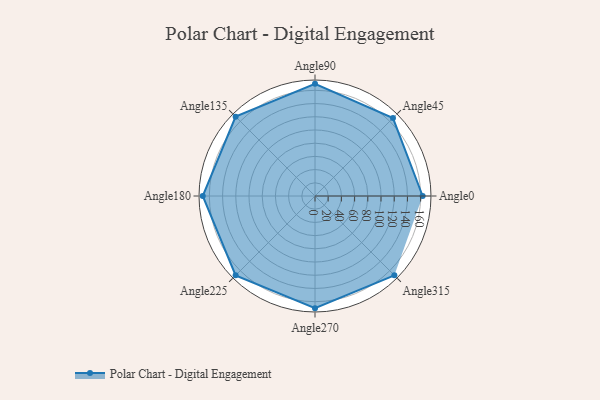
{"axis": {"x": "Angle", "y": "Radius"}, "legend": [""], "data": [{"x": "Angle0", "y": 163.0, "type": ""}, {"x": "Angle45", "y": 167.0, "type": ""}, {"x": "Angle90", "y": 170, "type": ""}, {"x": "Angle135", "y": 170, "type": ""}, {"x": "Angle180", "y": 170, "type": ""}, {"x": "Angle225", "y": 170, "type": ""}, {"x": "Angle270", "y": 170, "type": ""}, {"x": "Angle315", "y": 170, "type": ""}]}